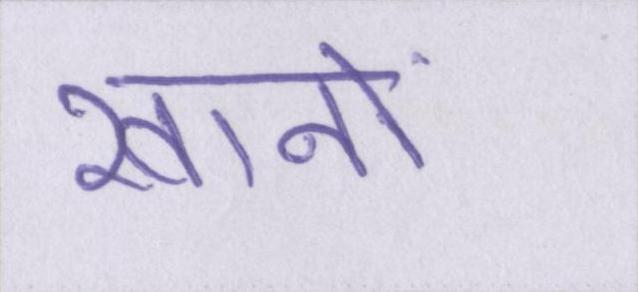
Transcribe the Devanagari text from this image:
खानों